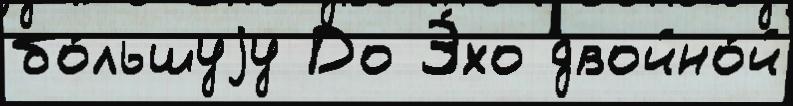
бо́льшуjу До Э́хо двойно́й